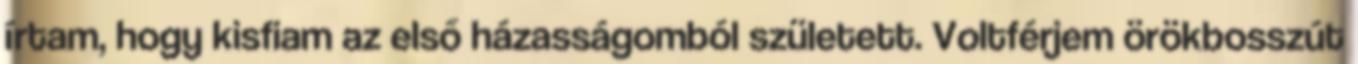
írtam, hogy kisfiam az első házasságomból született. Voltférjem örökbosszút